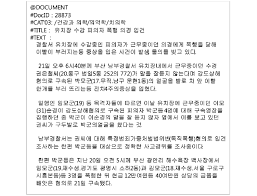
Language: ko